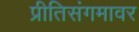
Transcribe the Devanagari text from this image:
प्रीतिसंगमावर